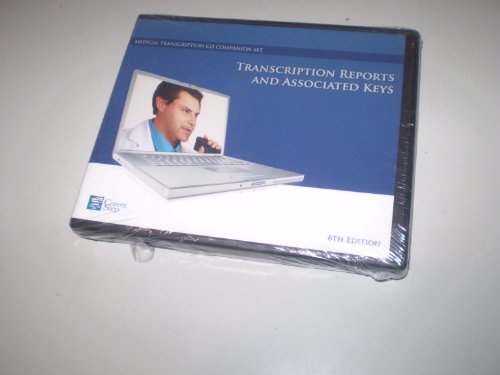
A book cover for Transcription Reports and Associated Keys - Medical Transcription CD Companion Set; Career Step; Medical Books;